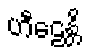
ဟီဠေန္တိ